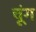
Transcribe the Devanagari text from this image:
चूंग